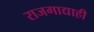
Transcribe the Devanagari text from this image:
राजगाद्याही